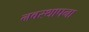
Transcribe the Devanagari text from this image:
नवस्थापना